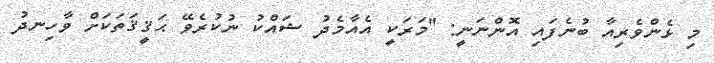
މި ޅެންވެރިއާ ބުނެފައި އޮންނަނީ: ''މަރަކީ އެއާމެދު ޝައްކު ނުކުރެވޭ ޙަޤީޤަތަކަށް ވާހިނދު